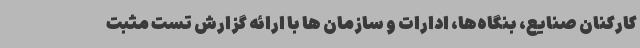
کارکنان صنایع، بنگاه‌ها، ادارات و سازمان ها با ارائه گزارش تست مثبت